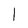
Character: 1